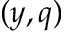
( y , q )